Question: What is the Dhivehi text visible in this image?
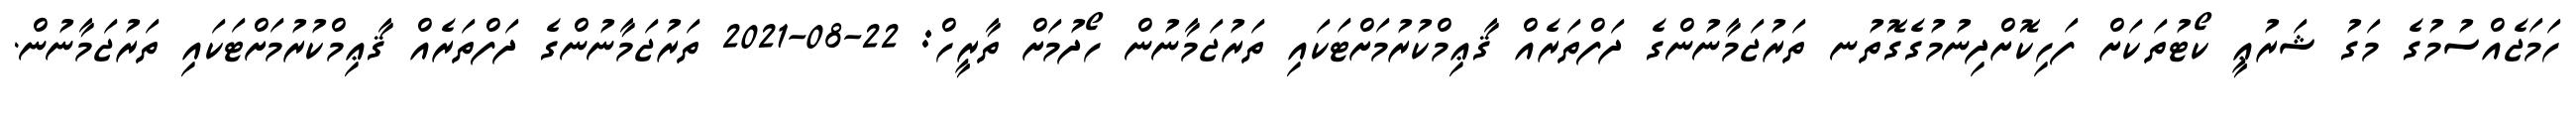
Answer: ހަމަޖެއްސުމުގެ މަގު ޝަރުޢީ ކޯޓުތަކަށް ފަހިކޮށްދިނުމުގެގޮތުނ ތަރުޖަމާނުންގެ ދަފްތަރެއް ޤާޢިމްކުރުމަށްޓަކައި ތަރުޖަމާނުން ހޯދުމަށް ތާރީހް: 22-08-2021 ތަރުޖަމާނުންގެ ދަފްތަރެއް ޤާޢިމްކުރުމަށްޓަކައި ތަރުޖަމާނުން.